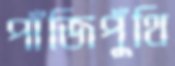
পাঁজিপুঁথি